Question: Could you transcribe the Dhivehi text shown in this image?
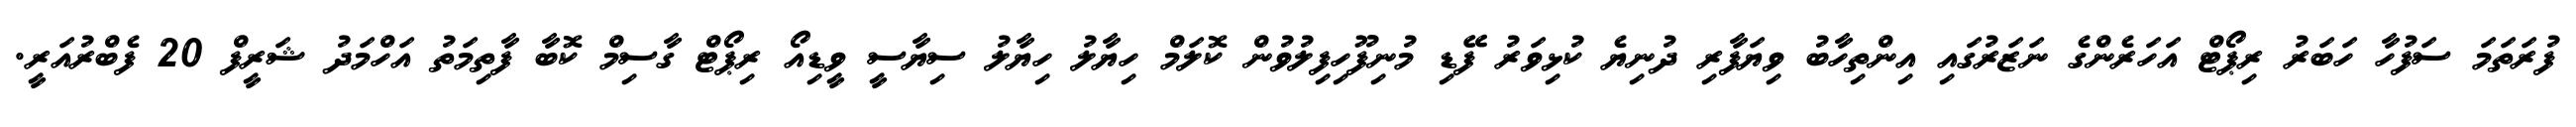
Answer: ފުރަތަމަ ސަފުހާ ހަބަރު ރިޕޯޓް އަހަރެންގެ ނަޒަރުގައި އިންތިހާބު ވިޔަފާރި ދުނިޔެ ކުޅިވަރު ފޭޑި މުނިފޫހިފިލުވުން ކޮލަމް ހިޔާލު ހިޔާލު ސިޔާސީ ވީޑިއޯ ރިޕޯޓް ގާސިމް ކޮބާ ފާތިމަތު އަހްމަދު ޝަރީފް 20 ފެބްރުއަރީ.